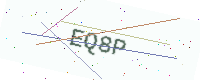
Text: EQ8P